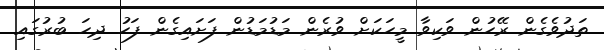
ތަދުވެގެން ރޭހުން ވަކިވާ މީހަކަށް ވުރެން މަޑުމަޑުން ފަށައިގެން ފަހު ދިހަ ބުރުގައި